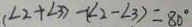
( \angle 2 + \angle 3 ) - ( \angle 2 - \angle 3 ) = 8 0 ^ { \circ }